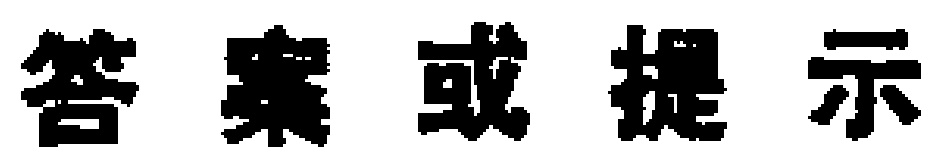
答案或提示